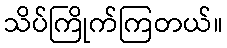
သိပ်ကြိုက်ကြတယ်။